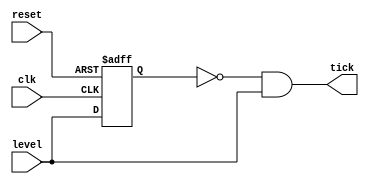
module edge_detect_gate(
input wire clk,reset,
input wire level,
output wire tick);

reg delay_reg;
always @(posedge clk,posedge reset)
begin
if(reset)
delay_reg<=1'b0;
else
delay_reg<=level;
end
assign tick=~delay_reg&level;
endmodule